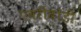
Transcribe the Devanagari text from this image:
एवरीबोडी